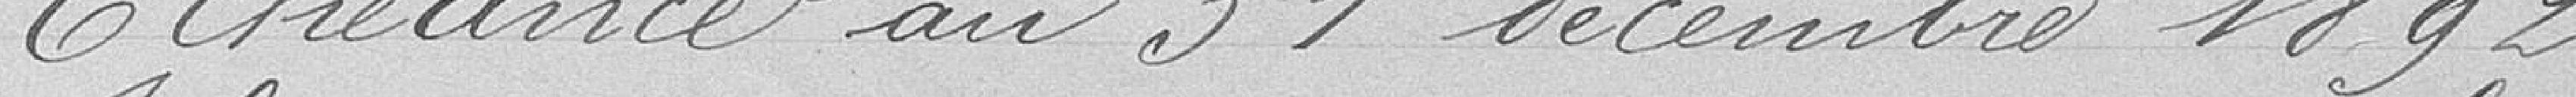
Échéance au 31 décembre 1892.